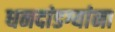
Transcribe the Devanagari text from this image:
धनदांडग्यांना